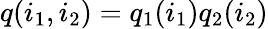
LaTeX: q(i_{1},i_{2})=q_{1}(i_{1})q_{2}(i_{2})